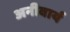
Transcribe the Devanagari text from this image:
अनीवार्य